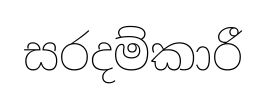
සරදම්කාරී